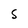
Character: s